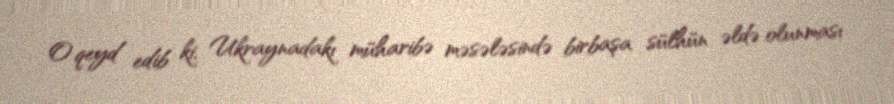
O qeyd edib ki, Ukraynadakı müharibə məsələsində birbaşa sülhün əldə olunması